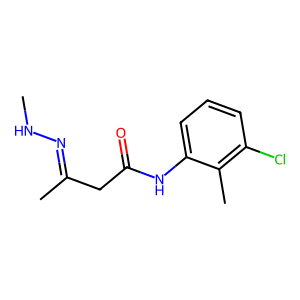
SMILES: CNN=C(C)CC(=O)Nc1cccc(Cl)c1C
Inhibits HIV replication: No